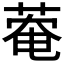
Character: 𫈬